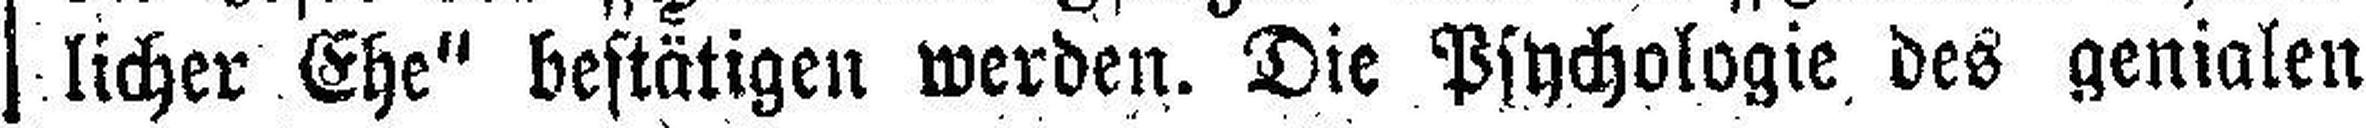
licher Ehe" bestätigen werden. Die Psychologie des genialen